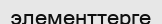
элементтерге